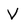
Character: V